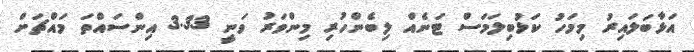
އަޅާބަލައިރު މިމަހު ކަޅުބިލަމަސް ޓަނެއް ލިބެންހުރި މިންވަރު ވަނީ 3.33 އިންސައްތަ މައްޗަށް